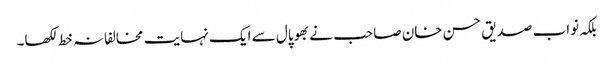
بلکہ نواب صدیق حسن خان صاحب نے بھوپال سے ایک نہایت مخالفانہ خط لکھا۔